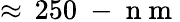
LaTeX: \approx\, 250\mathrm{~-~n~m~}